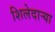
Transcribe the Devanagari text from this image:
शिलेदार्‍या